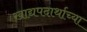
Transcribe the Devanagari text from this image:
खाद्यपदार्थाच्या